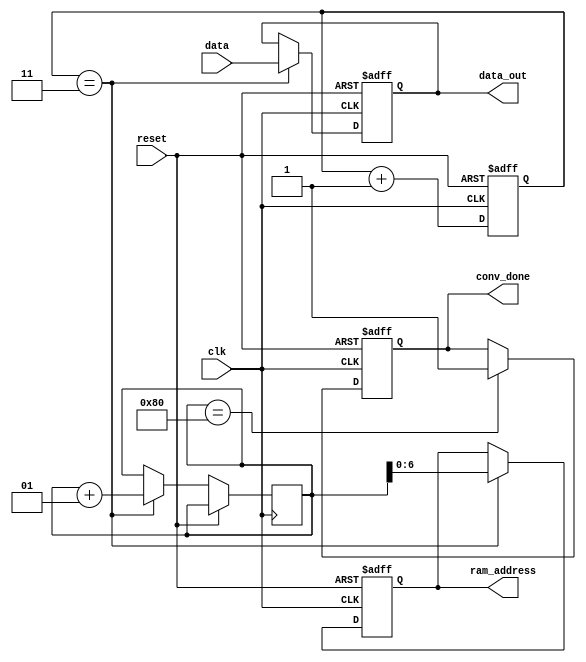
`timescale 1ns / 1ps

module output_control(
    input clk,
    input reset,
    input [1023:0] data,
    output reg conv_done,
    output reg [6:0] ram_address,
    output reg [1023:0] data_out
    );
    
    reg [1:0] count = 0;
    integer last_addr = 8'b0;
    
    always @(posedge clk, posedge reset)
    begin
        if (reset) begin
            conv_done <= 0;
            ram_address <= 0;
            data_out <= 0;
            count = 0;
        end
        else begin
            count <= count + 1;
            if (count == 3) begin
                ram_address <= last_addr;
                data_out <= data;
                last_addr <= last_addr + 1;
            end
            if (last_addr == 128) begin
                conv_done <= 1;
            end
        end
    end
endmodule